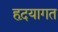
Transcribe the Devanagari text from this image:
हृदयागत